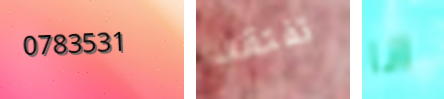
0783531 تفتقد انا